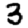
Digit: 3